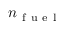
n _ { \mathrm { ~ f ~ u ~ e ~ l ~ } }